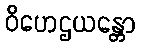
ဝိဟေဌယန္တော